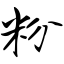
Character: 粉